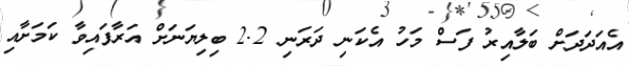
އެއަދަދަށް ބަލާއިރު ފަސް މަހު އެކަނި ދަރަނި 2.2 ބިލިޔަނަށް އަރާފައިވާ ކަމަށާއި